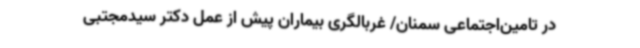
در تامین‌اجتماعی سمنان/ غربالگری بیماران پیش از عمل دکتر سیدمجتبی